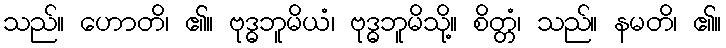
သည်။ ဟောတိ၊ ၏။ ဗုဒ္ဓဘူမိယံ၊ ဗုဒ္ဓဘူမိသို့။ စိတ္တံ၊ သည်။ နမတိ၊ ၏။